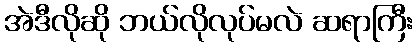
အဲဒီလိုဆို ဘယ်လိုလုပ်မလဲ ဆရာကြီး